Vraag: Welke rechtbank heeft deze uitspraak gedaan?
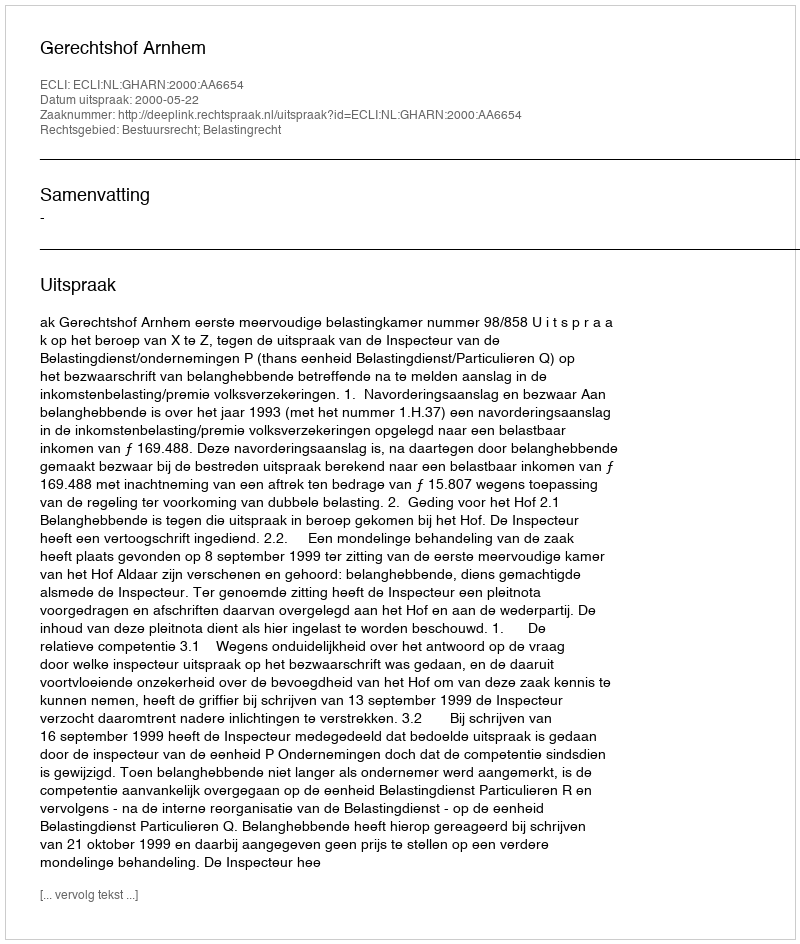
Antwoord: Gerechtshof Arnhem